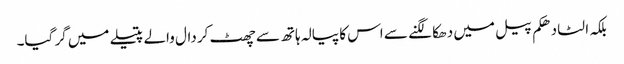
بلکہ الٹا دھکم پیل میں دھکا لگنے سے اس کا پیالہ ہاتھ سے چھٹ کر دال والے پتیلے میں گر گیا۔